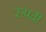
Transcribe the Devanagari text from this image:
रुपही